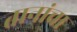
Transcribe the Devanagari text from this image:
तानांचा